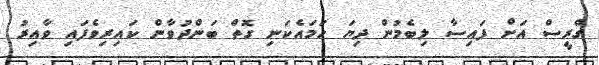
ގްރީސް އަށް ފައިސާ ލިބެމުން ދިޔަ ހަމައެކަނި ގޮތް ބަންދުވާން ކައިރިވެފައި ވާއިރު